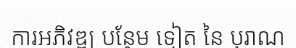
ការអភិវឌ្ឍ បន្ថែម ទៀត នៃ បុរាណ